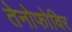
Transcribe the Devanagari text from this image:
तेनोफोविर